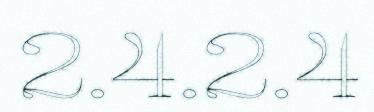
2.4.2.4